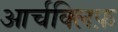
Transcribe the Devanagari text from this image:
आर्चक्लिफ़